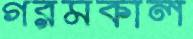
গরমকাল